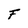
Character: F